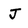
Character: J